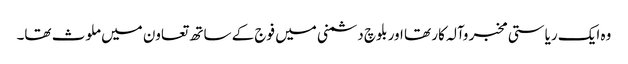
وہ ایک ریاستی مخبر وآلہ کار تھا اور بلوچ دشمنی میں فوج کے ساتھ تعاون میں ملوث تھا۔